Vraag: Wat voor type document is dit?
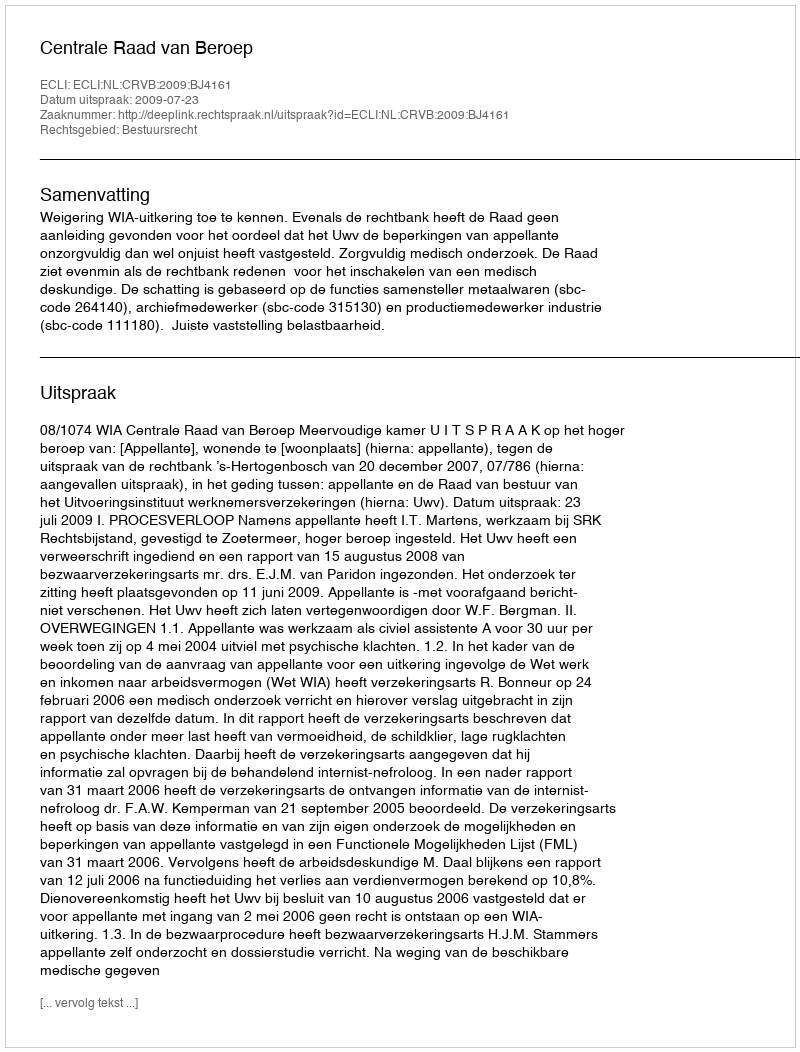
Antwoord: Uitspraak